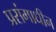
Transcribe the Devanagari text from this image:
प्रसंगाधीन